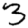
Digit: 3